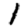
Digit: 1